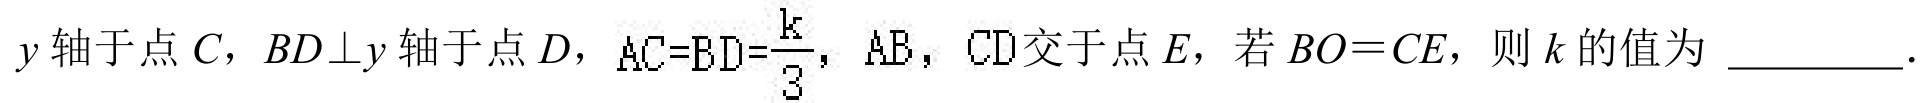
\(y\)轴于点\(C\)，\(BD\perp y\)轴于点\(D\)，\(AC = BD=\frac{k}{3}\)，\(AB\)，\(CD\)交于点\(E\)，若\(BO = CE\)，则\(k\)的值为 \(\underline{\quad\quad}\).